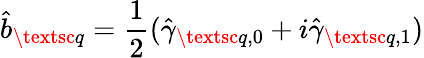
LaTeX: \hat{b}_{\textsc{q}}=\frac{1}{2}(\hat{\gamma}_{\textsc{q},0}+i\hat{\gamma}_{\textsc{q},1})